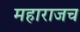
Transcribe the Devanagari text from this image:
महाराजच